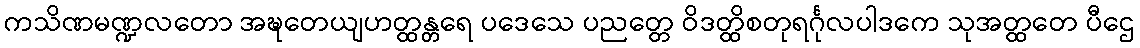
ကသိဏမဏ္ဍလတော အဍ္ဎတေယျဟတ္ထန္တရေ ပဒေသေ ပညတ္တေ ဝိဒတ္ထိစတုရင်္ဂုလပါဒကေ သုအတ္ထတေ ပီဌေ